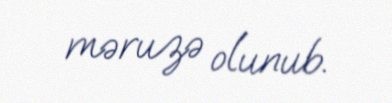
məruzə olunub.